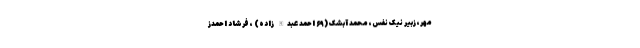
مهر، زبیر نیک نفس، محمد آبشک (۶۹ احمد عبدالله زاده) ، فرشاد احمدز